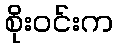
စိုးဝင်းက